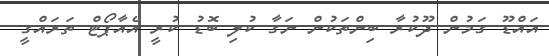
އައްޑޫ ގަމުން ދޫކުރާ ބިންތަކުން ނަގާ ކުލި ބޮޑު ކުރީ އެއާޕޯޓް ތަރައްގީ